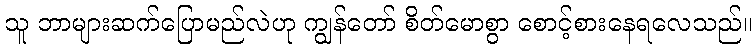
သူ ဘာများဆက်ပြောမည်လဲဟု ကျွန်တော် စိတ်မောစွာ စောင့်စားနေရလေသည်။